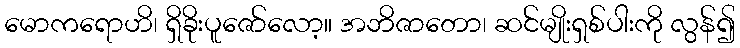
မောကရောဟိ၊ ရှိခိုးပူဇော်လော့။ အဘိဇာတော၊ ဆင်မျိုးရှစ်ပါးကို လွန်၍